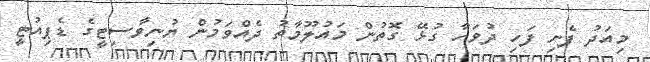
މިއަދު ފެށި ފަހި ދުވަހާ ގުޅޭ ގޮތުން މައުލޫމާތު ދެއްވަމުން ޔުނިވާސިޓީގެ ޑެޕިއުޓީ